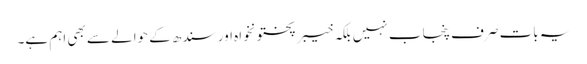
یہ بات صرف پنجاب نہیں بلکہ خیبرپختونخواہ اور سندھ کے حوالے سے بھی اہم ہے۔